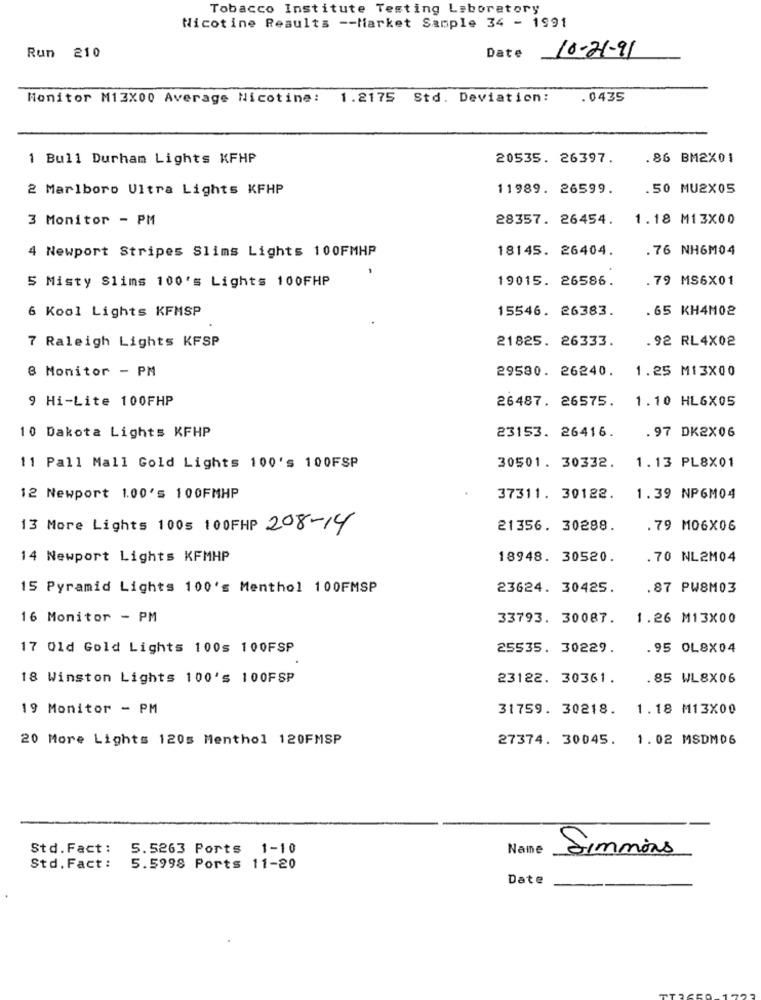
Tobacco Institute Testing Laboratory
Nicotine Results -- Market Sample 34 - 1991
Date 10-21-91
Run 210
Monitor M13X00 Average Nicotine: 1.2175 Std. Deviation:
.0435
1 Bull Durham Lights KFHP
20535. 26397.
.86 BM2X01
2 Marlboro Ultra Lights KFHP
11989. 26599.
50 MU2X05
3 Monitor - PM
28357. 26454. 1.18 M13X00
18145. 26404.
.76 NH6M04
4 Newport Stripes Slims Lights 100FMHP
19015. 26586.
.79 MS6X01
S Misty Slims 100's Lights 100FHP
6 Kool Lights KFMSP
15546. 26383.
.65 KH4M02
7 Raleigh Lights KFSP
21825. 26333.
. 92 RL4X02
8 Monitor - PM
29580. 26240.
1.25 M13X00
9 Hi-Lite 100FHP
26487. 26575. 1.10 HL6X05
10 Dakota Lights KFHP
23153. 26416.
.97 DK2X06
1.13 PL8X01
11 Pall Mall Gold Lights 100's 100FSP
30501. 30332.
12 Newport 1.00's 100FMHP
37311. 30122.
1.39 NP6M04
13 More Lights 1005 100FHP 208-14
21356. 30288.
.79 M06X06
14 Newport Lights KFMHP
18948. 30520.
. 70 NL2M04
15 Pyramid Lights 100's Menthol 100FMSP
23624. 30425.
.87 PW8M03
16 Monitor - PM
33793. 30087.
1.26 M13X00
17 Old Gold Lights 100s 100FSP
25535. 30229.
.95 OL8X04
18 Winston Lights 100's 100FSP
23122. 30361.
.85 WL8X06
19 Monitor - PM
31759. 30218.
1.18 M13X00
20 More Lights 120s Menthol 120FMSP
27374. 30045.
1.02 MSDMD6
Std. Fact :
5.5263 Ports 1-10
Name
Simmons
Std. Fact:
5.5998 Ports 11-20
Date